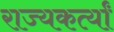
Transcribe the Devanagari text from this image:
राज्यकर्त्यां